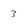
Character: 3